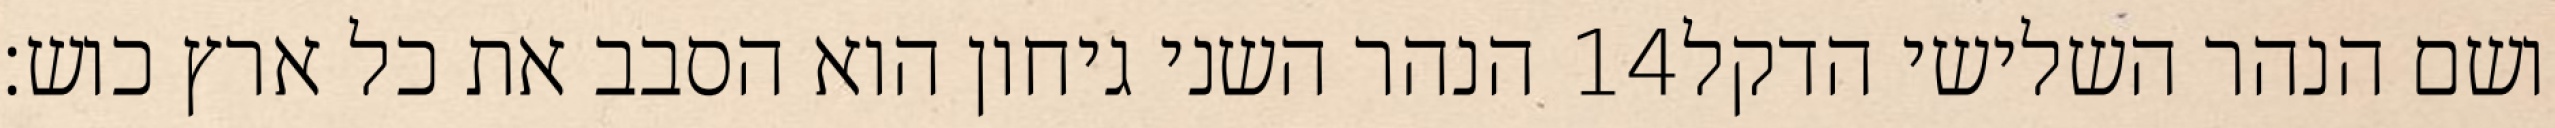
הנהר השני גיחון הוא הסבב את כל ארץ כוש׃ ‎14‏ ושם הנהר השלישי הדקל